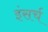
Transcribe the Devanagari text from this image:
इंसर्च